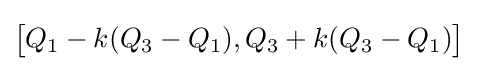
{\big [}Q_{1}-k(Q_{3}-Q_{1}),Q_{3}+k(Q_{3}-Q_{1}){\big ]}